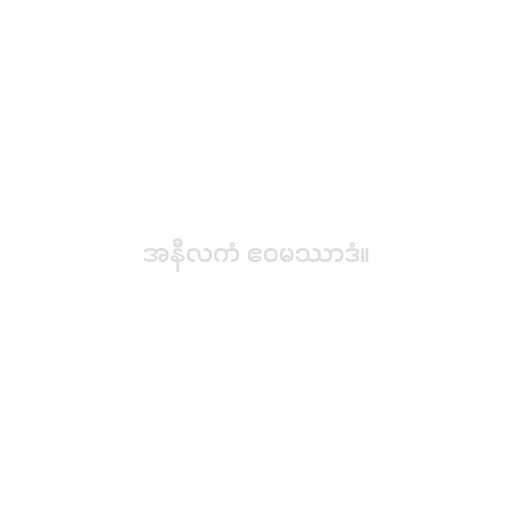
အနီလကံ ဧဝမဿာဒံ။